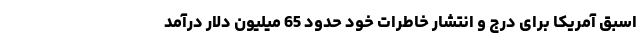
اسبق آمریکا برای درج و انتشار خاطرات خود حدود 65 میلیون دلار درآمد